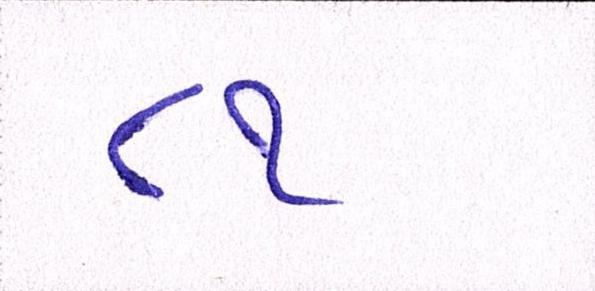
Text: ૮૧